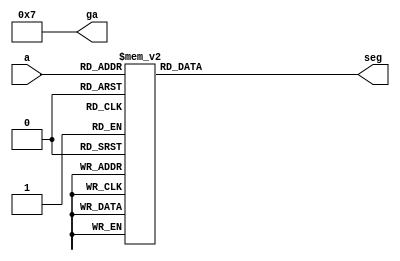
`timescale 1ns / 1ps
//////////////////////////////////////////////////////////////////////////////////
// Company: 
// Engineer: 
// 
// Design Name: 
// Module Name:    seg7 
// Project Name: 
// Target Devices: 
// Tool versions: 
// Description: 
//
// Dependencies: 
//
// Revision: 
// Revision 0.01 - File Created
// Additional Comments: 
//
//////////////////////////////////////////////////////////////////////////////////
module seg7(input wire[3:0] a,output reg[6:0] seg,output wire[3:0] ga);
	assign ga=4'b0111;

	always @(a)
		case(a)
			4'b0000:seg<=7'b000_0001;
			4'b0001:seg<=7'b100_1111;
			4'b0010:seg<=7'b001_0010;
			4'b0011:seg<=7'b000_0110;
			4'b0100:seg<=7'b100_1100;
			4'b0101:seg<=7'b010_0100;
			4'b0110:seg<=7'b010_0000;
			4'b0111:seg<=7'b000_1111;
			4'b1000:seg<=7'b000_0000;
			4'b1001:seg<=7'b000_0100;
			4'b1010:seg<=7'b000_1000;
			4'b1011:seg<=7'b110_0000;
			4'b1100:seg<=7'b011_0001;
			4'b1101:seg<=7'b100_0010;
			4'b1110:seg<=7'b011_0000;
			4'b1111:seg<=7'b011_1000;
		endcase
endmodule